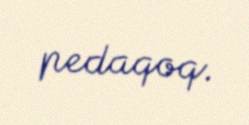
pedaqoq.